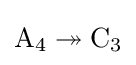
\mathrm {A} _{4}\twoheadrightarrow \mathrm {C} _{3}